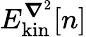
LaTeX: E_{\mathrm{kin}}^{\boldsymbol{\nabla}^{2}}[n]